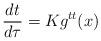
LaTeX: \begin{align*}\frac{dt}{d\tau}=Kg^{tt}(x)\end{align*}